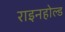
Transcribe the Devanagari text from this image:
राइनहोल्ड